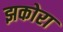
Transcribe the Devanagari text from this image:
झकोरा